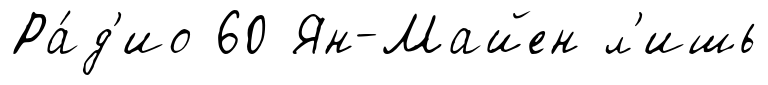
Ра́д'ио 60 Ян-Майен л'ишь